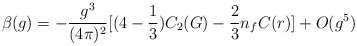
\begin{align*}\beta(g)=-\frac{g^3}{(4\pi)^2}[(4-\frac{1}{3})C_2(G)-\frac{2}{3}n_fC(r)]+O(g^5)\end{align*}